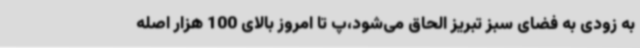
به زودی به فضای سبز تبریز الحاق می‌شود،پ تا امروز بالای 100 هزار اصله